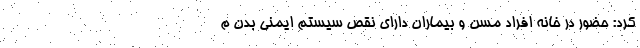
کرد: حضور در خانه افراد مسن و بیماران دارای نقص سیستم ایمنی بدن م